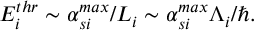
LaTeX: E _ { i } ^ { t h r } \sim \alpha _ { s i } ^ { m a x } / L _ { i } \sim \alpha _ { s i } ^ { m a x } \Lambda _ { i } / \hbar .